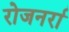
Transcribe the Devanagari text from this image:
रोजनर्रा